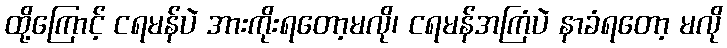
ထို့ကြောင့် ငရမန်ပဲ အားကိုးရတော့မလို၊ ငရမန်အကြံပဲ နာခံရတော့ မလို